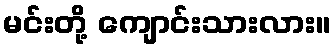
မင်းတို့ ကျောင်းသားလား။